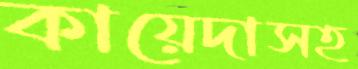
কায়েদাসহ